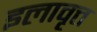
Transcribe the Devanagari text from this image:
इलावृत्त